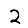
Digit: 2